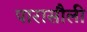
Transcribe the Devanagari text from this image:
पारासौली